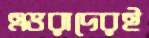
এভরাদেরই